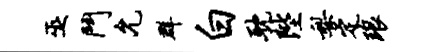
巫斗允群白耽陛梨定琅